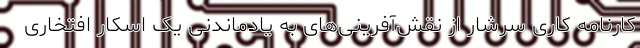
کارنامه کاری سرشار از نقش‌آفرینی‌های به یادماندنی یک اسکار افتخاری